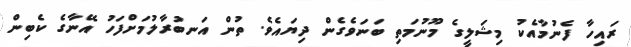
ރައިހާ ފެނުމާއެކު މިޝަލީގެ މޫނުމަތި ބަނަވެގެން ދިޔައެވެ. ތުން އަނބުރާލުމަށްފަހު އޭނާގެ ކެބިން